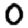
Digit: 0